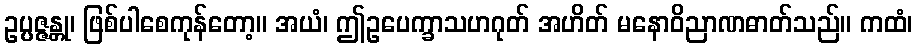
ဥပ္ပဇ္ဇန္တု၊ ဖြစ်ပါစေကုန်တော့။ အယံ၊ ဤဥပေက္ခာသဟဂုတ် အဟိတ် မနောဝိညာဏဓာတ်သည်။ ကထံ၊